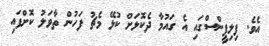
އެވެ. ފިލިޕީންސްގައި އެ ގައުމާ ދެކޮޅަށް ކުޅޭ މެޗު ފަހުން ތާވަލު ކޮށްފައި